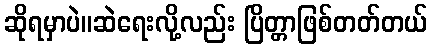
ဆိုရမှာပဲ။ဆဲရေးလို့လည်း ပြိတ္တာဖြစ်တတ်တယ်